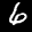
Label: 6